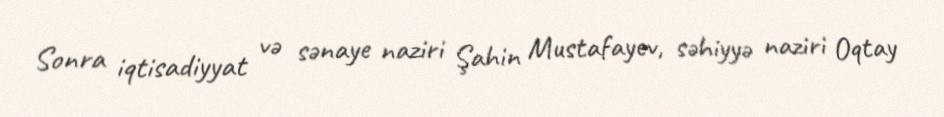
Sonra iqtisadiyyat və sənaye naziri Şahin Mustafayev, səhiyyə naziri Oqtay